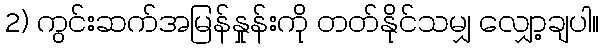
2) ကွင်းဆက်အမြန်နှုန်းကို တတ်နိုင်သမျှ လျှော့ချပါ။